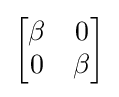
{\begin{bmatrix}\beta &0\\0&\beta \end{bmatrix}}